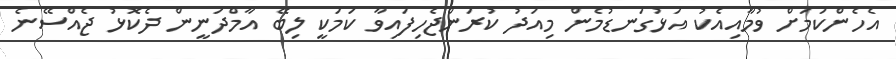
އެހެންކަމަށް ވުމާއިއެކު އަޅުގަނޑުމެން މިއަދު ކުރަންޖެހިފައިވާ ކަމަކީ ލިބޭ އާމްދަނީން ދެކޮޅު ޖެއްސޭނެ